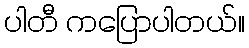
ပါတီ ကပြောပါတယ်။